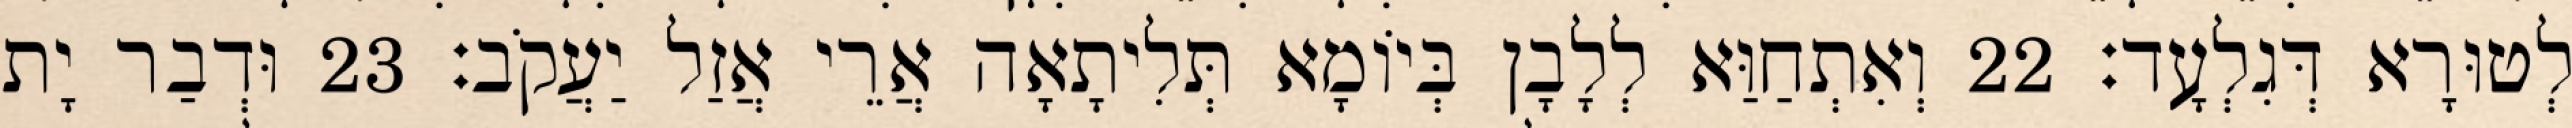
לְטוּרָא דְּגִלְעָד׃ 22 וְאִתְחַוַּא לְלָבָן בְּיוֹמָא תְּלִיתָאָה אֲרֵי אֲזַל יַעֲקֹב׃ 23 וּדְבַר יָת